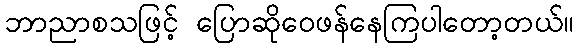
ဘာညာစသဖြင့် ပြောဆိုဝေဖန်နေကြပါတော့တယ်။